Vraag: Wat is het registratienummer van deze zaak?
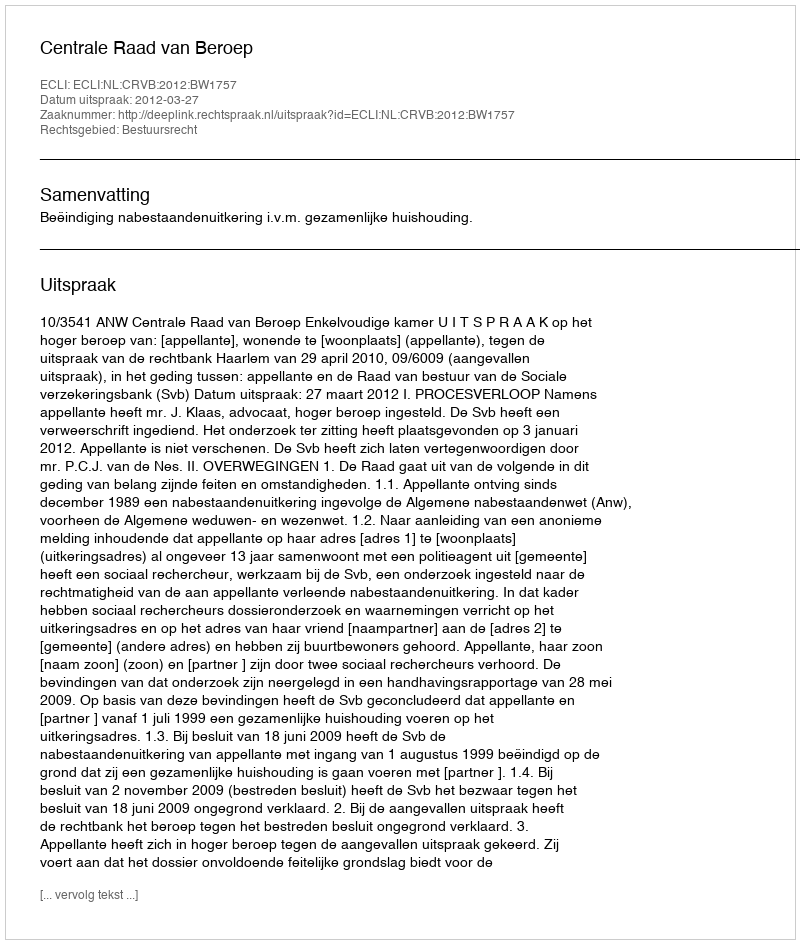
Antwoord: http://deeplink.rechtspraak.nl/uitspraak?id=ECLI:NL:CRVB:2012:BW1757